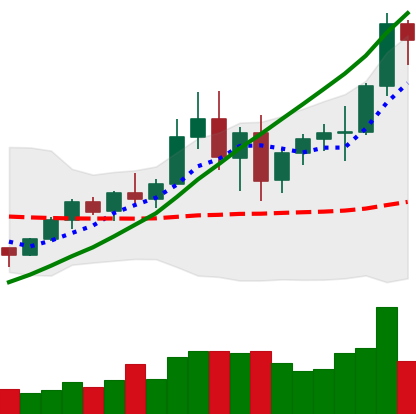
Ticker: BNB-USD
Chart end date: 2020-12-30
Forward return: 7.316%
Label: up_7plus